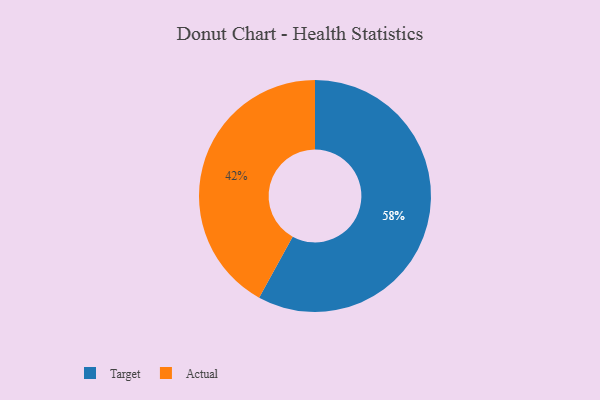
{"axis": {"x": "Category", "y": "Percentage"}, "legend": ["Actual", "Target"], "data": [{"x": "Target", "y": 58, "type": "Target"}, {"x": "Actual", "y": 42, "type": "Actual"}]}